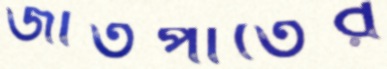
জাতপাতের